Report on the lunatic asylums under the Government of Bombay - 1904-1913
Year: 1904
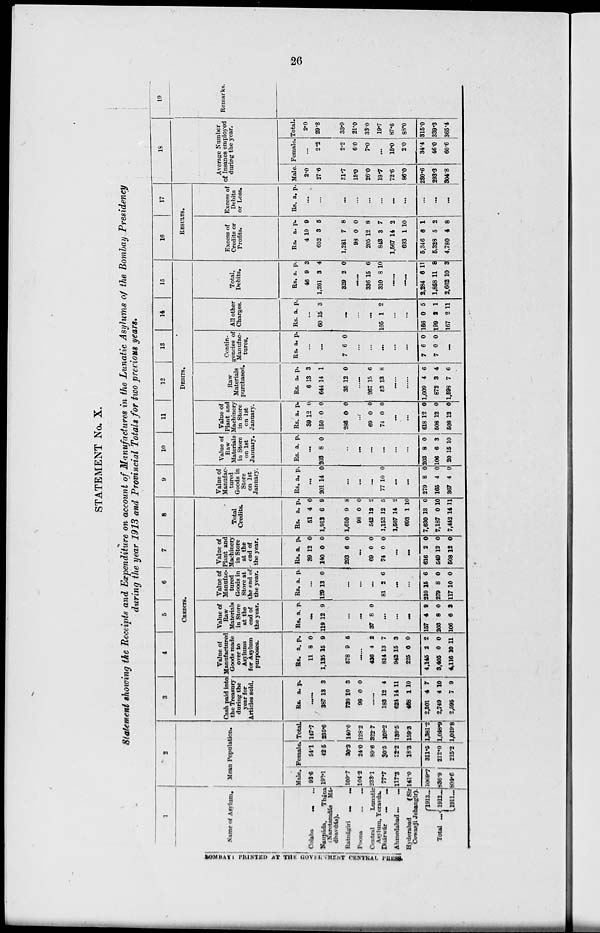
26
STATEMENT No. X.
Statement showing the Receipts and Expenditure on account of Manufactures in the Lunatic Asylums of the Bombay Presidency
during the year 1913 and Provincial Totals for two previous years.
1
Name of Asylum.
Colaba ... ...
Naupáda,
Thána
(Narotamdás Má-
dhavdás).
Ratnágiri
...
...
Poona
...
...
Central
Lunatic
Asylum, Yeravda.
Dhárwár
...
...
Ahmedabad ... ...
Hyderabad
(Sir
Cowasji Jehangir).
Total
...
1913 ...
1912 ...
1911 ...
2
Mean Population.
Male.
93.6
193.1
109.7
104.2
233.1
77.7
117.3
141.0
1069.7
836.9
804.6
Female.
54.1
42.5
30.3
24.0
89.6
30.5
22.2
18.3
311.5
212.0
215.2
Total.
147.7
235.6
140.0
128.2
322.7
108.2
139.5
159.3
1,381.2
1,046.9
1,019.8
3
4
5
6
7
8
CREDITS.
Cash paid into
the Treasury
during the
year for
Articles sold.
Rs. a. p.
......
387
738
98
13
10
0
3
3
0
......
183
624
468
2,501
2,749
2,595
12
14
1
4
4
7
4
11
10
7
10
9
Value of
Manufactured
Goods made
over to
Asylums
for Asylum
purposes.
Rs.
11
1,135
578
a.
8
15
9
p.
0
9
5
...
436
814
942
225
4,145
3,405
4,116
4
13
15
0
2
0
10
2
7
3
0
2
0
11
Value of
Raw
Materials
in Store
at the
end of
the year.
Rs. a. p.
...
119 12 9
...
...
37 8 0
...
...
...
157
203
106
4
8
6
9
0
3
Value of
Manufac-
tured
Goods in
Store at
the end of
the year.
Rs. a. p.
...
129 13 0
...
...
...
81 2 6
...
...
210
279
117
15
8
10
6
0
0
Value of
Plant and
Machinery
in Store
at the
end of
the year.
Rs.
39
140
293
a.
12
0
6
p.
0
0
0
...
69
74
0
0
0
0
...
...
616
549
508
2
12
12
0
0
0
Total
Credits.
Rs.
51
1,913
1,610
98
542
1,153
1,567
693
7,630
7,187
7,442
a.
4
6
9
0
12
12
14
1
13
0
14
p.
0
9
8
0
2
5
2
10
0
10
11
9
10
11
12
13
14
15
DEBITS.
Value of
Manufac-
tured
Goods in
Store
on 1st
January.
Rs. a. p.
...
201 14 0
...
...
...
77 10 0
...
...
279
165
367
8
4
4
0
0
0
Value of
Raw
Materials
in Store
on 1st
January.
Rs. a.
p.
...
203 8 0
...
...
...
...
...
...
203
106
20
8
6
15
0
3
10
Value of
Plant and
Machinery
in Store
on 1st
January.
Rs.
39
150
286
a.
12
0
0
p.
0
0
0
...
69
74
0
0
0
0
...
...
618
508
508
12
12
12
0
0
0
Raw
Materials
purchased.
Rs.
6
644
35
a.
13
14
12
p.
3
1
0
......
267
53
15
13
6
8
......
......
1,009
872
1,598
4
3
7
6
4
6
Contin-
gencies of
Manufac-
tures.
Rs a.
p.
...
...
7 6 0
...
...
...
...
...
7
7
6
0
0
0
...
All other
Charges.
Rs. a. p.
...
60 15 3
...
...
...
105 1 2
...
...
166
199
167
0
2
2
5
1
11
Total,
Debits.
Rs.
46
1,261
329
a.
9
3
2
p.
3
4
0
......
336
310
15
8
6
10
......
......
2,284
1,868
2,662
6
11
10
11
8
3
16
17
RESULTS.
Excess of
Credits or
Profits.
Rs.
4
652
1,281
98
205
843
1,567
693
5,346
5,328
4,780
a.
10
3
7
0
12
3
14
1
6
5
4
p.
9
5
8
0
8
7
2
10
1
2
8
Excess of
Debits
or Loss.
Rs. a.
p.
...
...
...
...
...
...
...
...
...
...
...
18
Average Number
of Insanes employed
during the year.
Male.
2.0
27.6
31.7
15.0
26.0
19.7
72.6
86.0
280.6
293.3
304.8
Female.
...
2.2
2.2
6.0
7.0
...
15.0
2.0
34.4
46 0
60.6
Total.
2.0
29.8
33.9
21.0
33.0
19.7
87.6
88.0
315.0
339.3
365.4
19
Remarks.
BOMBAY PRINTED AT THE GOVERNMENT CENTRAL PRESS.